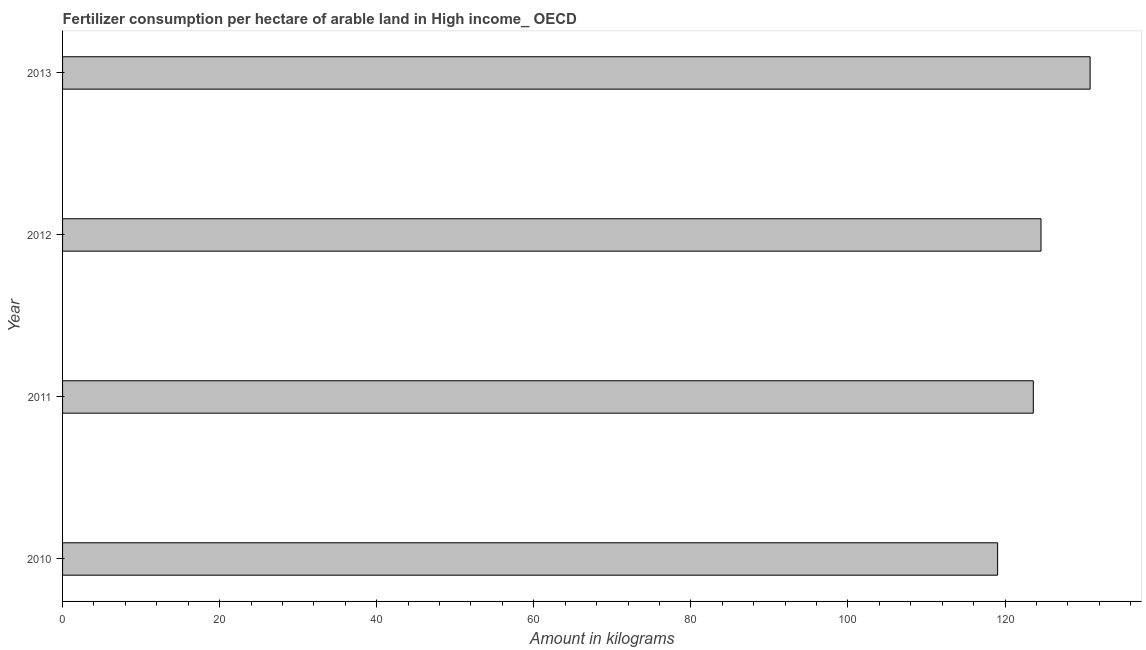
| Year | Fertilizer consumption |
 | --- | --- |
 | 2010 | 119 |
 | 2011 | 124 |
 | 2012 | 125 |
 | 2013 | 131 |